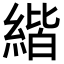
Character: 𦂄